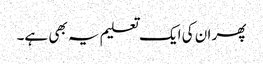
پھر ان کی ایک تعلیم یہ بھی ہے۔